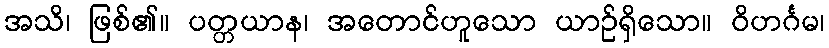
အသိ၊ ဖြစ်၏။ ပတ္တယာန၊ အတောင်ဟူသော ယာဉ်ရှိသော။ ဝိဟင်္ဂမ၊